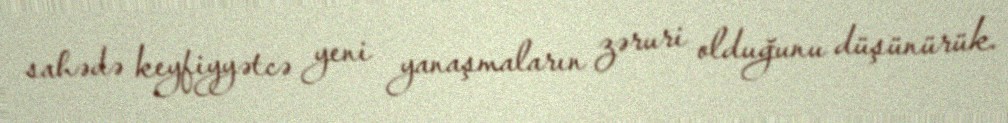
sahədə keyfiyyətcə yeni yanaşmaların zəruri olduğunu düşünürük.